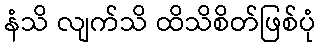
နံသိ လျက်သိ ထိသိစိတ်ဖြစ်ပုံ